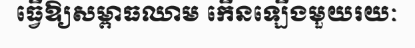
ធ្វើឱ្យសម្ពាធឈាម កើនឡើងមួយរយៈ